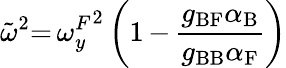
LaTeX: \tilde{\omega}^{2}{=}\, {\omega_{y}^{F}}^{2}\left(1\, {-}\, \frac{g_{\mathrm{BF}}\alpha_{\mathrm{B}}}{g_{\mathrm{BB}}\alpha_{\mathrm{F}}}\right)